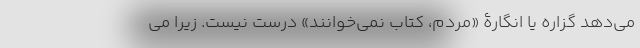
می‌دهد گزاره یا انگارۀ «مردم، کتاب نمی‌خوانند» درست نیست. زیرا می